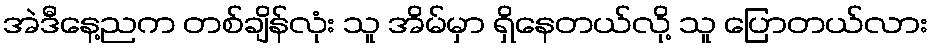
အဲဒီနေ့ညက တစ်ချိန်လုံး သူ အိမ်မှာ ရှိနေတယ်လို့ သူ ပြောတယ်လား